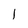
Character: l